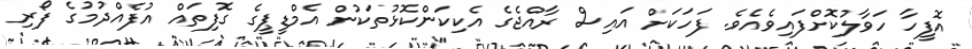
އޮފީހާ ހަވާލުކޮށްފައިވެއެވެ. ފަހަކަށް އައިސް ރާއްޖެގެ އެކިކަންކޮޅުތަކުން އެމްޑީޕީގެ ގޮފިތައް އުފެއްދުމުގެ ފޯރި